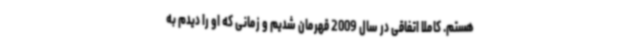
هستم. کاملا اتفاقی در سال 2009 قهرمان شدیم و زمانی که او را دیدم به